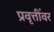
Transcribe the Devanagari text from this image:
प्रवृत्तींवर